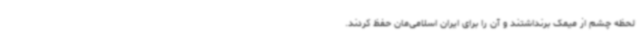
لحظه چشم از میمک برنداشتند و آن را برای ایران اسلامی‌مان حفظ کردند.